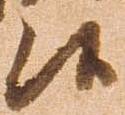
候